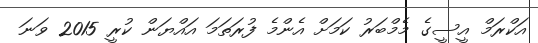
އަކްރަމް އީސީގެ މެމްބަރު ކަމަށް އެންމެ ފުރަތަމަ އައްޔަން ކުރީ 2015 ވަނަ